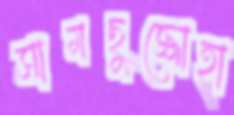
সামছুজ্জোহা